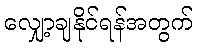
လျှော့ချနိုင်ရန်အတွက်